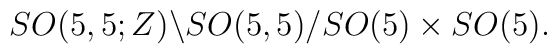
SO(5,5;Z) \backslash SO(5,5)/SO(5) \times SO(5).